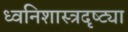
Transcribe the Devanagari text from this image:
ध्वनिशास्त्रदृष्ट्या